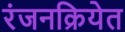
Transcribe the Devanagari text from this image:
रंजनक्रियेत